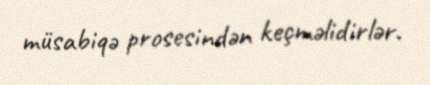
müsabiqə prosesindən keçməlidirlər.